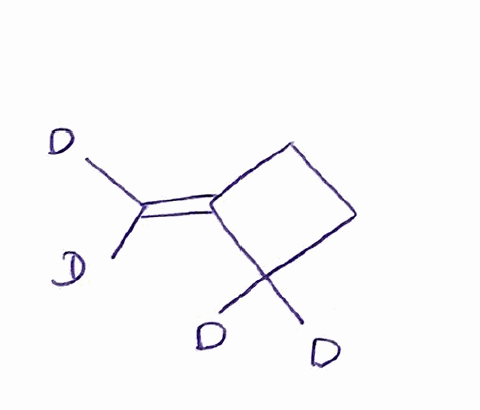
Simplified molecular-input line-entry system (SMILES) notation of the given molecule:
[2H]C(=C1CCC1([2H])[2H])[2H]